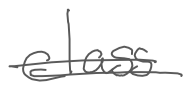
Text: class
Cross-out: double-line
Writing tool: digital_gray